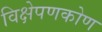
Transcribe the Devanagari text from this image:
विक्षेपणकोण